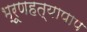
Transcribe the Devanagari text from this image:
भ्रूणहत्यापाप